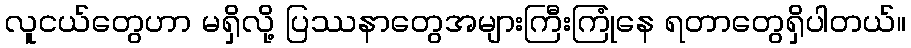
လူငယ်တွေဟာ မရှိလို့ ပြဿနာတွေအများကြီးကြုံနေ ရတာတွေရှိပါတယ်။